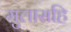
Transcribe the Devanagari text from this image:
मुलासहि